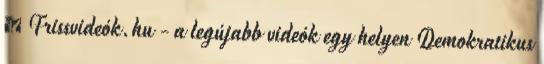
› Frissvideók.hu - a legújabb videók egy helyen Demokratikus